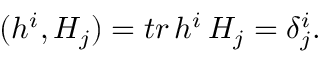
( h ^ { i } , H _ { j } ) = t r \, h ^ { i } \, H _ { j } = \delta _ { j } ^ { i } .